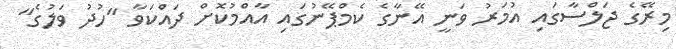
މިރޭގެ ޖަލްސާގައި އުމަރު ވަނީ އޭނާގެ ކެމްޕޭނުގައި އާއްމުކޮށް ދައްކަވާ "ހުދު ވަލުގެ"